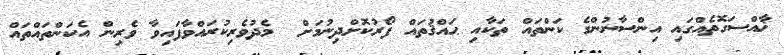
ޚާއްސަގޮތެއްގައި އިންސާނުންގެ ކަންތައް ތަކާއި ޙައްޤުތައް ފޯރުކޮށްދިނުމަށް  މެދުވެރިކުރައްވާފައިވާ ވެރިން އެކަންތައްތައް